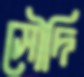
সৌদি